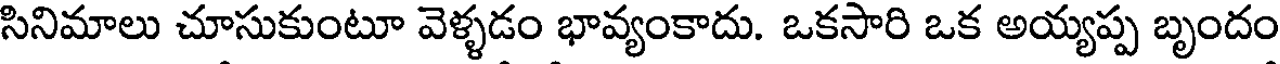
సినిమాలు చూసుకుంటూ వెళ్ళడం భావ్యంకాదు. ఒకసారి ఒక అయ్యప్ప బృందం